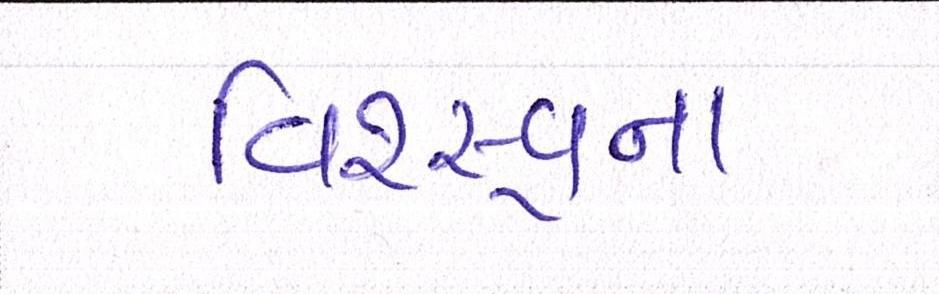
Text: વિશ્ર્વના